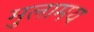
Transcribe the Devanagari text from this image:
मुलामय